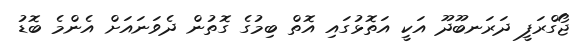
ޖޯގްރަފީ ދަރަނބޫދޫ އަކީ އަތޮޅުގައި އޮތް ބިމުގެ ގޮތުން ދެވަނައަށް އެންމެ ބޮޑު